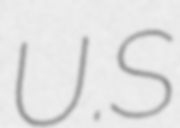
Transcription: U.S